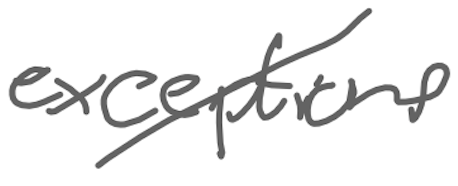
Text: exceptions
Cross-out: diagonal
Writing tool: digital_gray